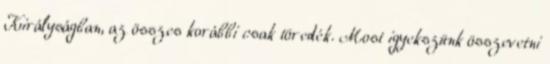
Királyságban, az összes korábbi csak töredék. Most igyekszünk összevetni